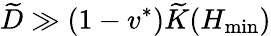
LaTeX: \widetilde D\gg(1-v^{*})\widetilde K(H_{\operatorname*{min}})